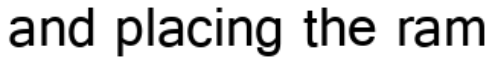
and placing the ram